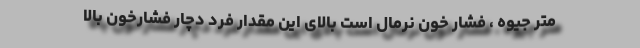
متر جیوه ، فشار خون نرمال است بالای این مقدار فرد دچار فشارخون بالا